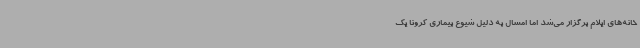
خانه‌های ایلام برگزار می‌شد اما امسال به دلیل شیوع بیماری کرونا یک